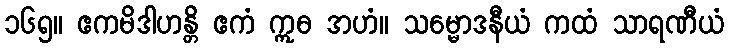
၁၆၅။ ဧကမိဒါဟန္တိ ဧကံ ဣဓ အဟံ။ သမ္မောဒနီယံ ကထံ သာရဏီယံ